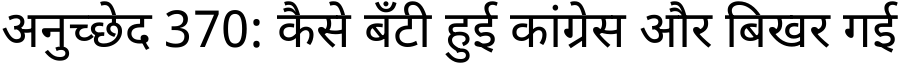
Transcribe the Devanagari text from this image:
अनुच्छेद 370: कैसे बँटी हुई कांग्रेस और बिखर गई